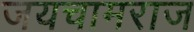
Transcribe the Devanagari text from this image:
जयचामराज